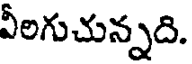
వీరిగుచున్నది.